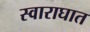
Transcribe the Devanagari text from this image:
स्वाराघात